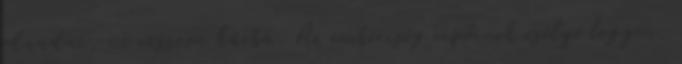
odaadni, ne vesszen kárba. Az emberiség cipőinek esélye legyen.